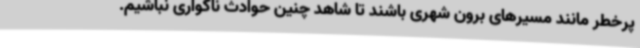
پرخطر مانند مسیرهای برون شهری باشند تا شاهد چنین حوادث ناگواری نباشیم.